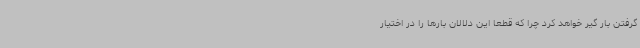
گرفتن بار گیر خواهد کرد چرا که قطعا این دلالان بارها را در اختیار